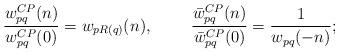
LaTeX: \begin{align*}\frac{w^{CP}_{pq}(n)}{w^{CP}_{pq}(0)}=w_{pR(q)}(n),~~~~~~~\frac{\bar{w}^{CP}_{pq}(n)}{\bar{w}^{CP}_{pq}(0)}=\frac{1}{w_{pq}(-n)};\end{align*}